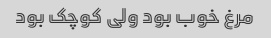
مرغ خوب بود ولی کوچک بود